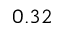
0 . 3 2